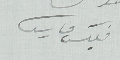
فليكس فارس